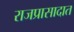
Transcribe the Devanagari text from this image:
राजप्रासादात